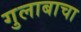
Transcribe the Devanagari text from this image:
गुलाबाचा